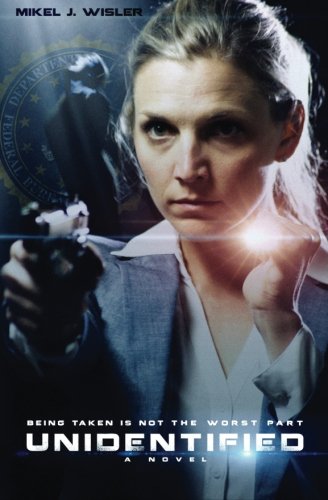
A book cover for Unidentified; Mikel J. Wisler; Science Fiction & Fantasy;